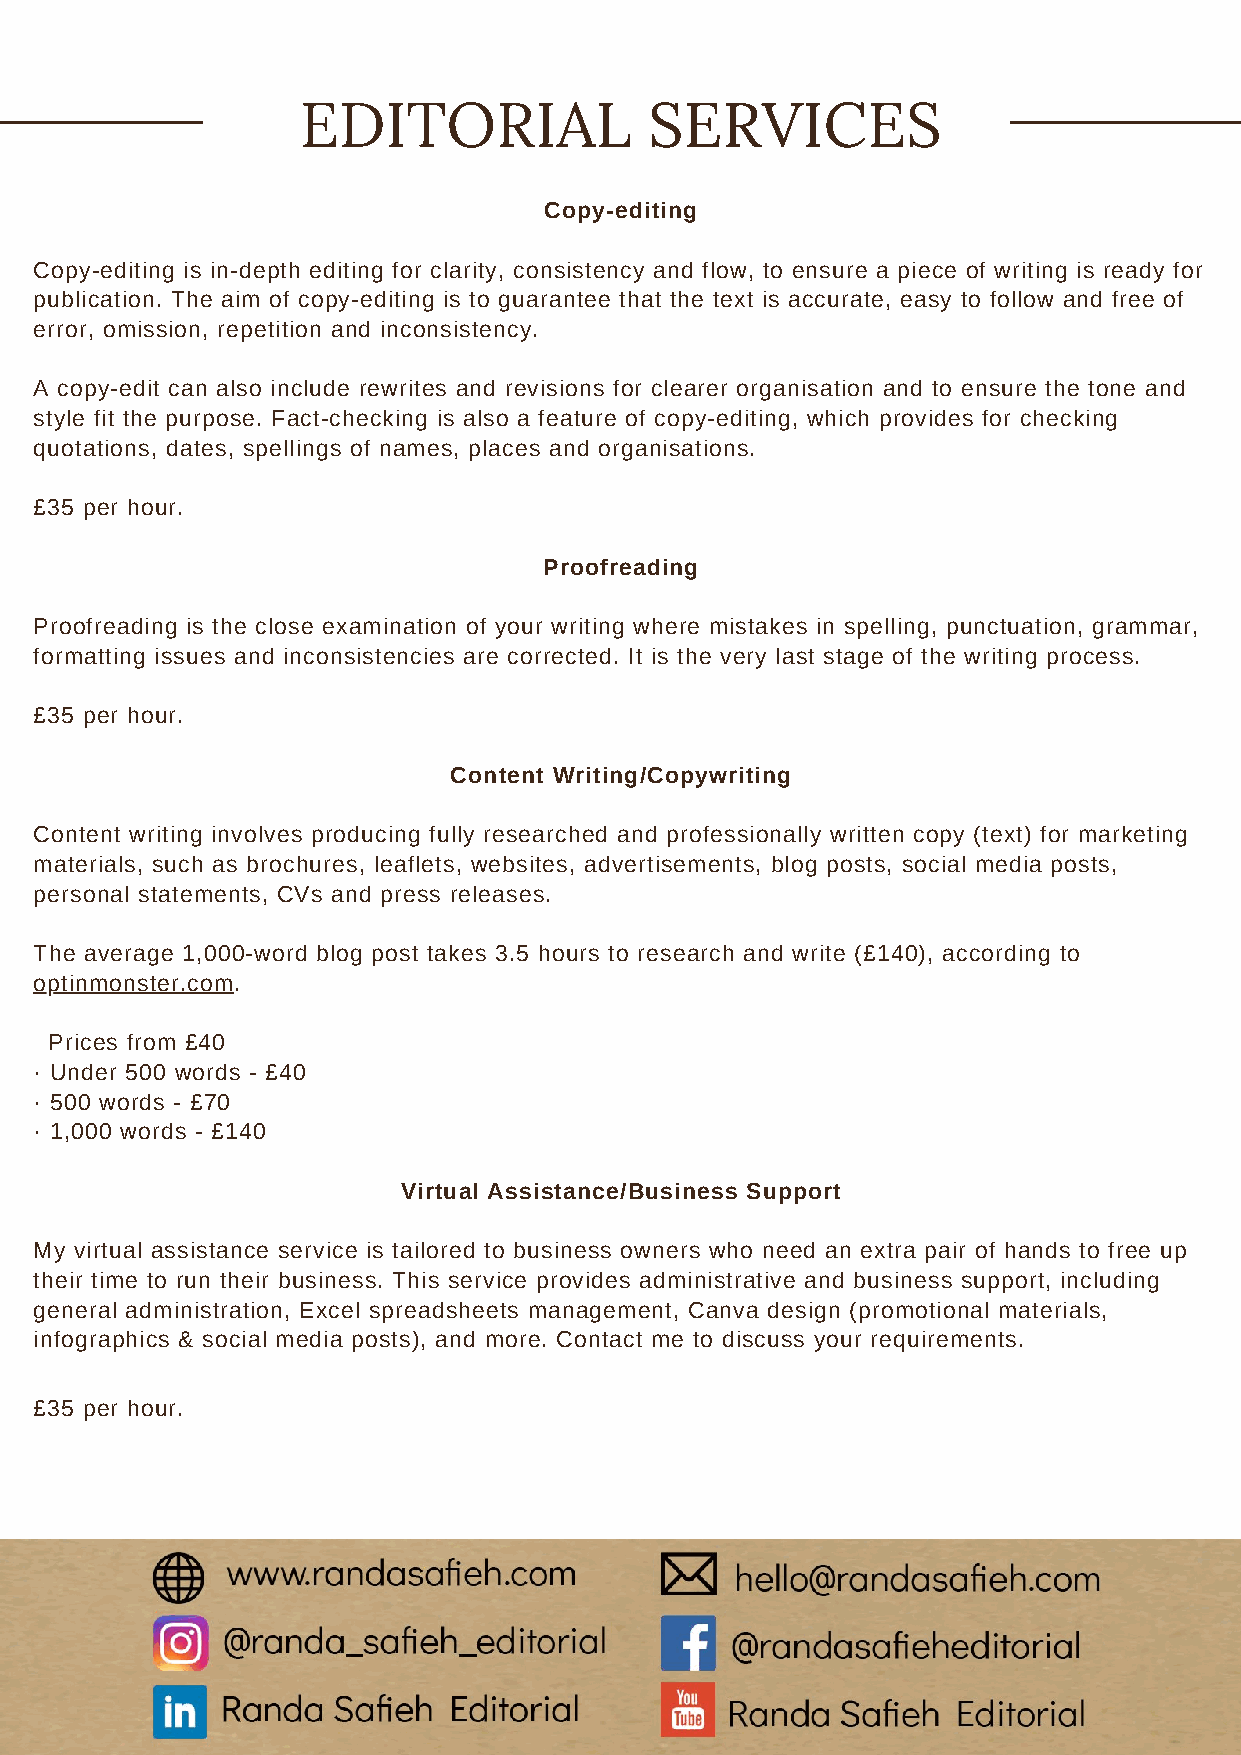
EDITORIAL              SERVICES
 Copy-editing
 Copy-editing is in-depth editing for clarity, consistency and flow, to ensure a piece of writing is ready for
 publication. The aim of copy-editing is to guarantee that the text is accurate, easy to follow and free of
 error, omission, repetition and inconsistency.
 A copy-edit can also include rewrites and revisions for clearer organisation and to ensure the tone and
 style fit the purpose. Fact-checking is also a feature of copy-editing, which provides for checking
 quotations, dates, spellings of names, places and organisations.
 £35 per hour.
 Proofreading
 Proofreading is the close examination of your writing where mistakes in spelling, punctuation, grammar,
 formatting issues and inconsistencies are corrected. It is the very last stage of the writing process.
 £35 per hour.
 Content Writing/Copywriting
 Content writing involves producing fully researched and professionally written copy (text) for marketing
 materials, such as brochures, leaflets, websites, advertisements, blog posts, social media posts,
 personal statements, CVs and press releases.
 The average 1,000-word blog post takes 3.5 hours to research and write (£140), according to
 optinmonster.com.
 Prices from £40
 · Under 500 words - £40
 · 500 words - £70
 · 1,000 words - £140
 Virtual Assistance/Business Support
 My virtual assistance service is tailored to business owners who need an extra pair of hands to free up
 their time to run their business. This service provides administrative and business support, including
 general administration, Excel spreadsheets management, Canva design (promotional materials,
 infographics & social media posts), and more. Contact me to discuss your requirements.
 £35 per hour.